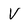
Character: V